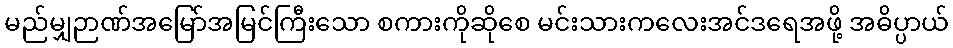
မည်မျှဉာဏ်အမြော်အမြင်ကြီးသော စကားကိုဆိုစေ မင်းသားကလေးအင်ဒရေအဖို့ အဓိပ္ပာယ်